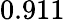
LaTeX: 0.911